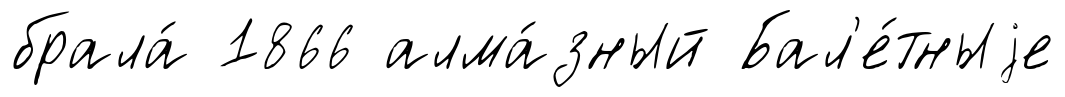
брала́ 1866 алма́зный Бал'е́тныjе